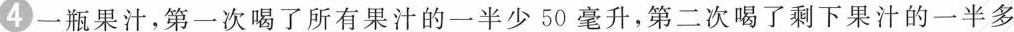
4一瓶果汁,第一次喝了所有果汁的一半少50毫升，第二次喝了剩下果汁的一半多